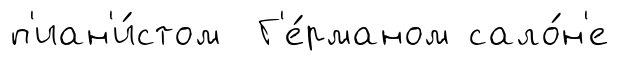
п'иан'и́стом Г'е́рманом сало́н'е